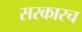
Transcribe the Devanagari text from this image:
सरकारच